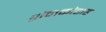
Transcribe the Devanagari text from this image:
शेनकोटाह